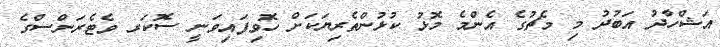
އަޝްހާދު އަބުދު މި މެޗުގެ އެންމެ މޮޅު ކުޅުންތެރިޔަކަށް ހޮވިފައިވަނީ ސޮކަރ ވެޓެރަންސްގެ